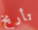
تأريخ